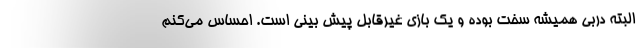
البته دربی همیشه سخت بوده و یک بازی غیرقابل پیش بینی است. احساس می‌کنم